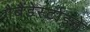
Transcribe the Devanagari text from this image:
गैबैंडेर्स्टाइने